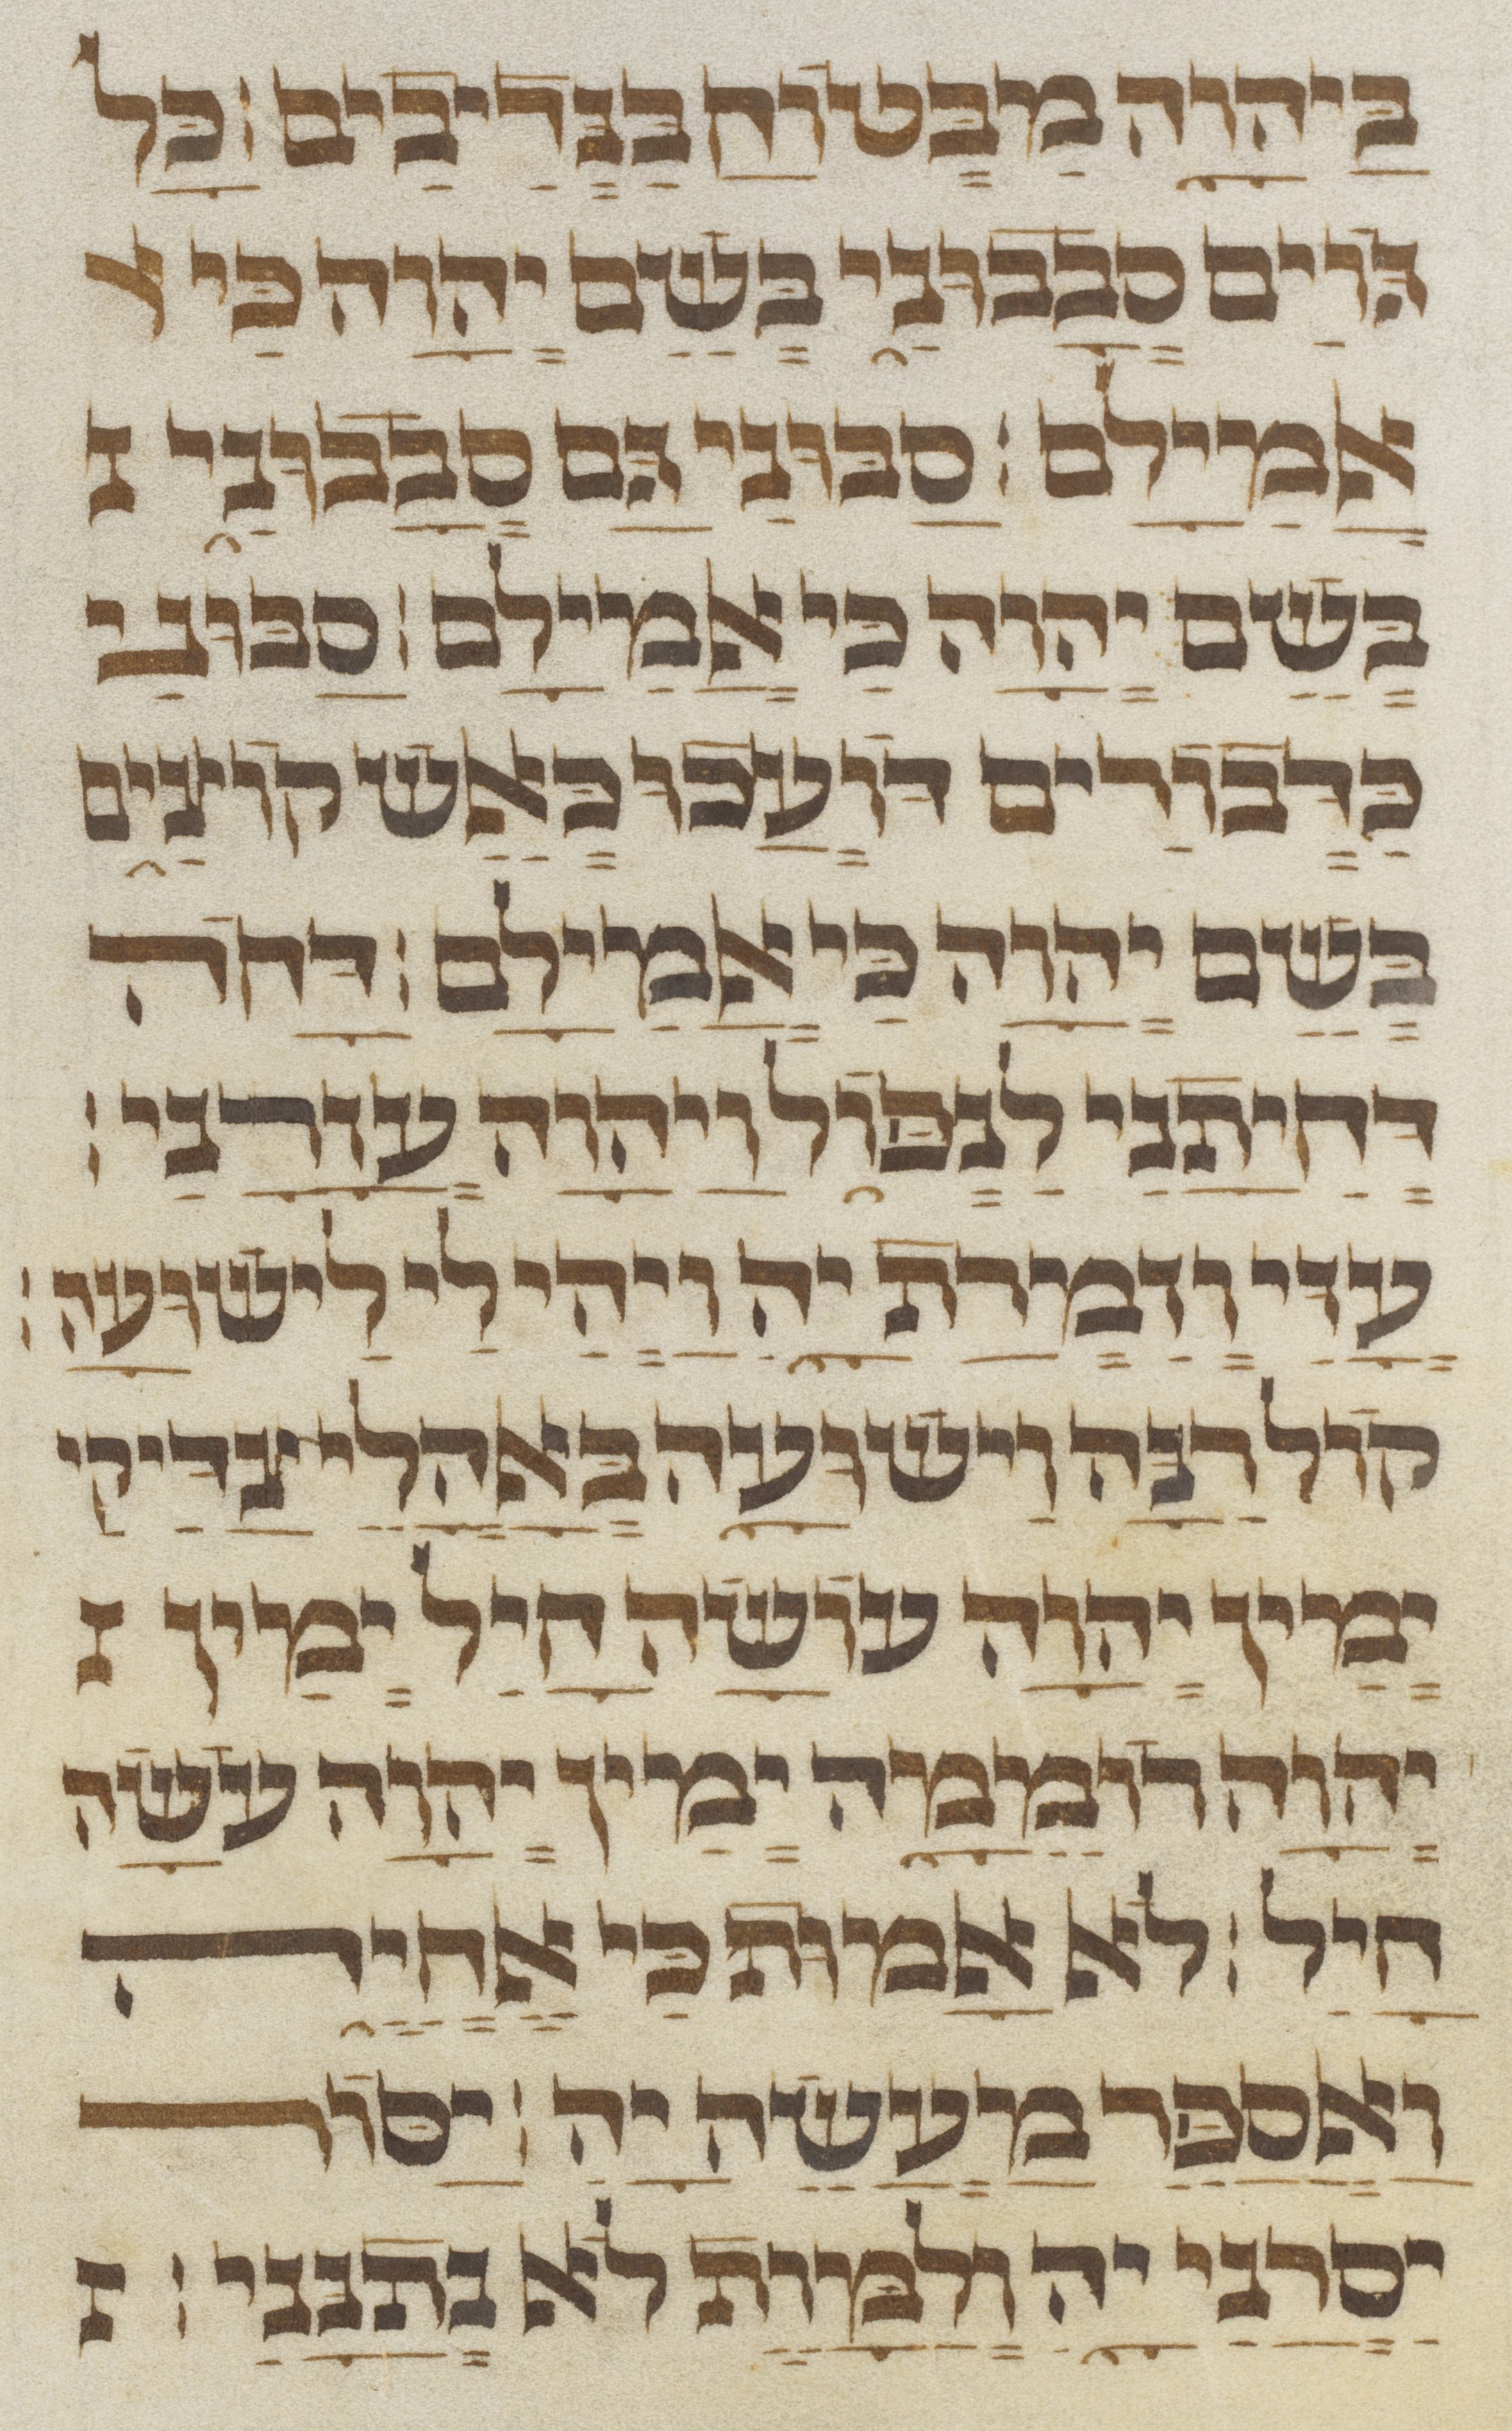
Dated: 1300–1499